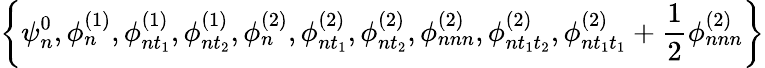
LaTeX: \left\{ \psi_{n}^{0},\phi_{n}^{(1)},\phi_{nt_{1}}^{(1)},\phi_{nt_{2}}^{(1)},\phi_{n}^{(2)},\phi_{nt_{1}}^{(2)},\phi_{nt_{2}}^{(2)},\phi_{nnn}^{(2)},\phi_{nt_{1}t_{2}}^{(2)},\phi_{nt_{1}t_{1}}^{(2)}+\frac{1}{2}\phi_{nnn}^{(2)}\right\}